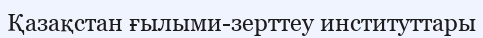
Қазақстан ғылыми-зерттеу институттары